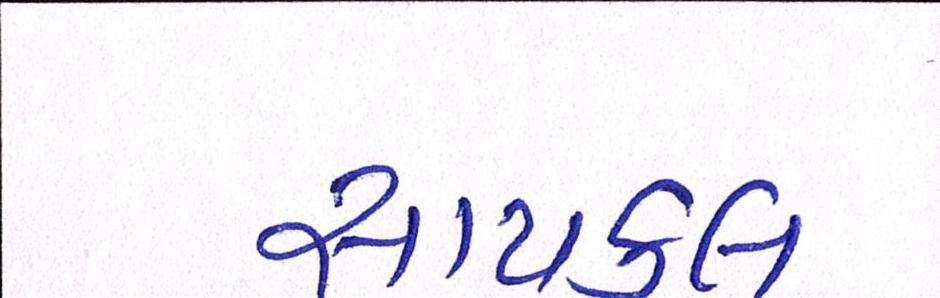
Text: સાયકલ